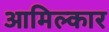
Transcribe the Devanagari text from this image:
आमिल्कार